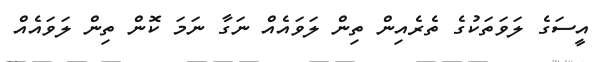
އީސަގެ ލަވަތަކުގެ ތެރެއިން ތިން ލަވައެއް ނަގާ ނަމަ ކޮން ތިން ލަވައެއް